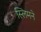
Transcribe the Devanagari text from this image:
स्लिमने